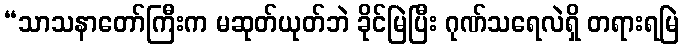
“သာသနာတော်ကြီးက မဆုတ်ယုတ်ဘဲ ခိုင်မြဲပြီး ဂုဏ်သရေလဲရှိ တရားရမြဲ